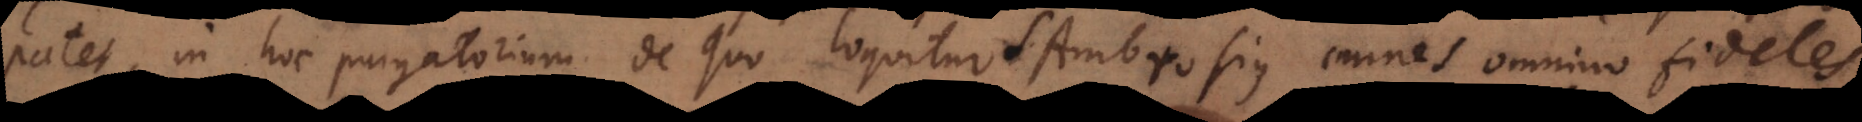
patet, in hoc purgatorium de quo loquitur S. Ambrosius omnes omnino fideles,